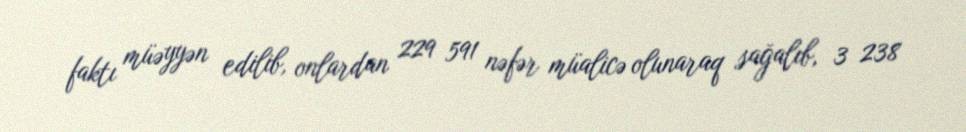
faktı müəyyən edilib, onlardan 229 591 nəfər müalicə olunaraq sağalıb, 3 238